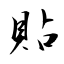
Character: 貼